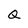
Character: Q